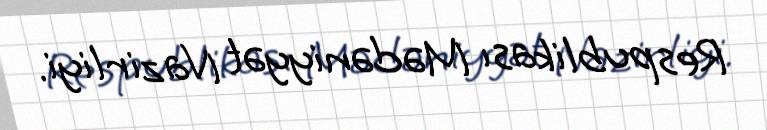
Respublikası Mədəniyyət Nazirliyi.